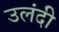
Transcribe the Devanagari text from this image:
उलंदी